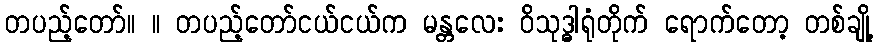
တပည့်တော်။ ။ တပည့်တော်ငယ်ငယ်က မန္တလေး ဝိသုဒ္ဓါရုံတိုက် ရောက်တော့ တစ်ချို့